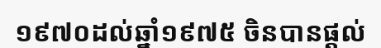
១៩៧០ដល់ឆ្នាំ១៩៧៥ ចិនបានផ្តល់